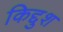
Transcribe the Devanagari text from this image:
किद्दुश